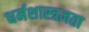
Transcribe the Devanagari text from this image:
धर्मशास्त्रज्ञता